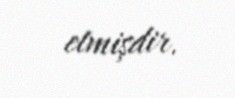
etmişdir.